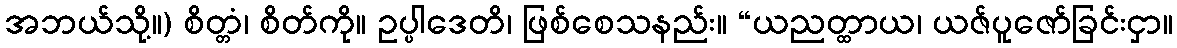
အဘယ်သို့။) စိတ္တံ၊ စိတ်ကို။ ဥပ္ပါဒေတိ၊ ဖြစ်စေသနည်း။ “ယညတ္ထာယ၊ ယဇ်ပူဇော်ခြင်းငှာ။